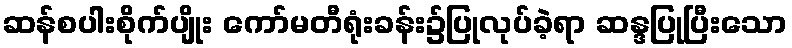
ဆန်စပါးစိုက်ပျိုး ကော်မတီရုံးခန်း၌ပြုလုပ်ခဲ့ရာ ဆန္ဒပြုပြီးသော